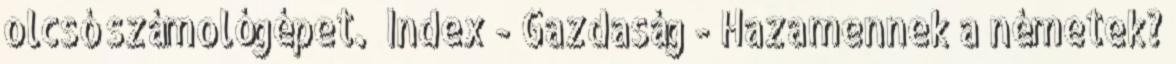
olcsó számológépet.” Index - Gazdaság - Hazamennek a németek?